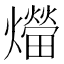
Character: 𤑝